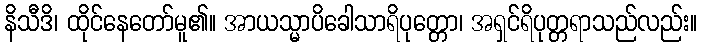
နိသီဒိ၊ ထိုင်နေတော်မူ၏။ အာယသ္မာပိခေါသာရိပုတ္တော၊ အရှင်ရိပုတ္တရာသည်လည်း။